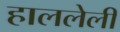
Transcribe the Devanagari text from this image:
हाललेली